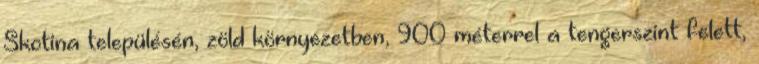
Skotina településén, zöld környezetben, 900 méterrel a tengerszint felett,